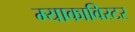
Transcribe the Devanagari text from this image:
म्याकाविरटर